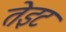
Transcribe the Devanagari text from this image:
तेइट